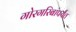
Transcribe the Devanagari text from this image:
गोरगरिबांपर्यंत